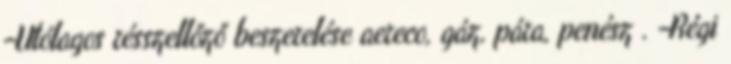
-Utólagos résszellőző beszerelése aereco, gáz, pára, penész . -Régi